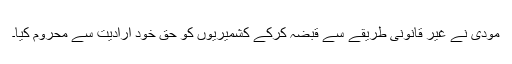
مودی نے غیر قانونی طریقے سے قبضہ کرکے کشمیریوں کو حق خود ارادیت سے محروم کیا۔